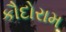
કૌદોરામ